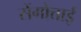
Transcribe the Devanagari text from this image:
सेंगोत्ताई